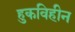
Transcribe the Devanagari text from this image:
हुकविहीन